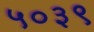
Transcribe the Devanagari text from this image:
५०३९